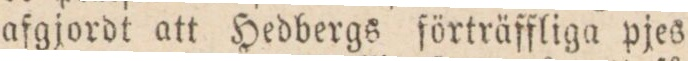
afgjordt att Hedbergs förträffliga pjes